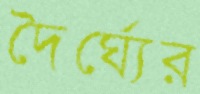
দৈর্ঘ্যের